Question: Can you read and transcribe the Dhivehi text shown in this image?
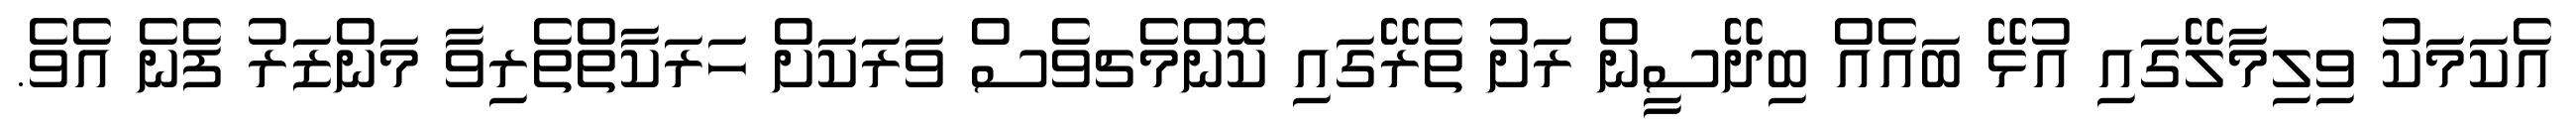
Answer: އެކަމަކު ވިލިމާލޭގައި އުޅޭ ބައެއް ބިދޭސީން ރަށު ތެރޭގައި ކޮންމެޗވެސް ވަރަކަށް ހަރަކާތްތެރިވާ މަންޒަރު ފެނެ އެވެ.